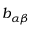
b _ { \alpha \beta }